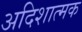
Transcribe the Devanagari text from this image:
अदिशात्मक